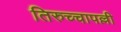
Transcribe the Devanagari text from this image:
तिरुच्चापल्ली